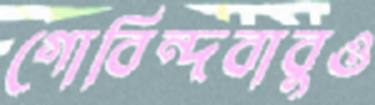
গোবিন্দবাবুও